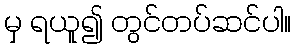
မှ ရယူ၍ တွင်တပ်ဆင်ပါ။